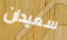
سعيدان